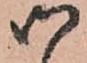
御